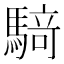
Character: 𮪍